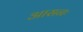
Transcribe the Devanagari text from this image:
आसनः